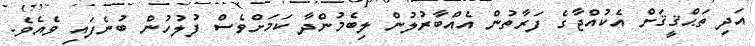
އަދި ތަޙްޤީޤަށް އެކުއްޖާގެ ފަރާތުން އެއްބާރުލުން ލިބެމުންދާ ކަމަށްވެސް ފުލުހުން ބުނެފައި ވެއެވެ.